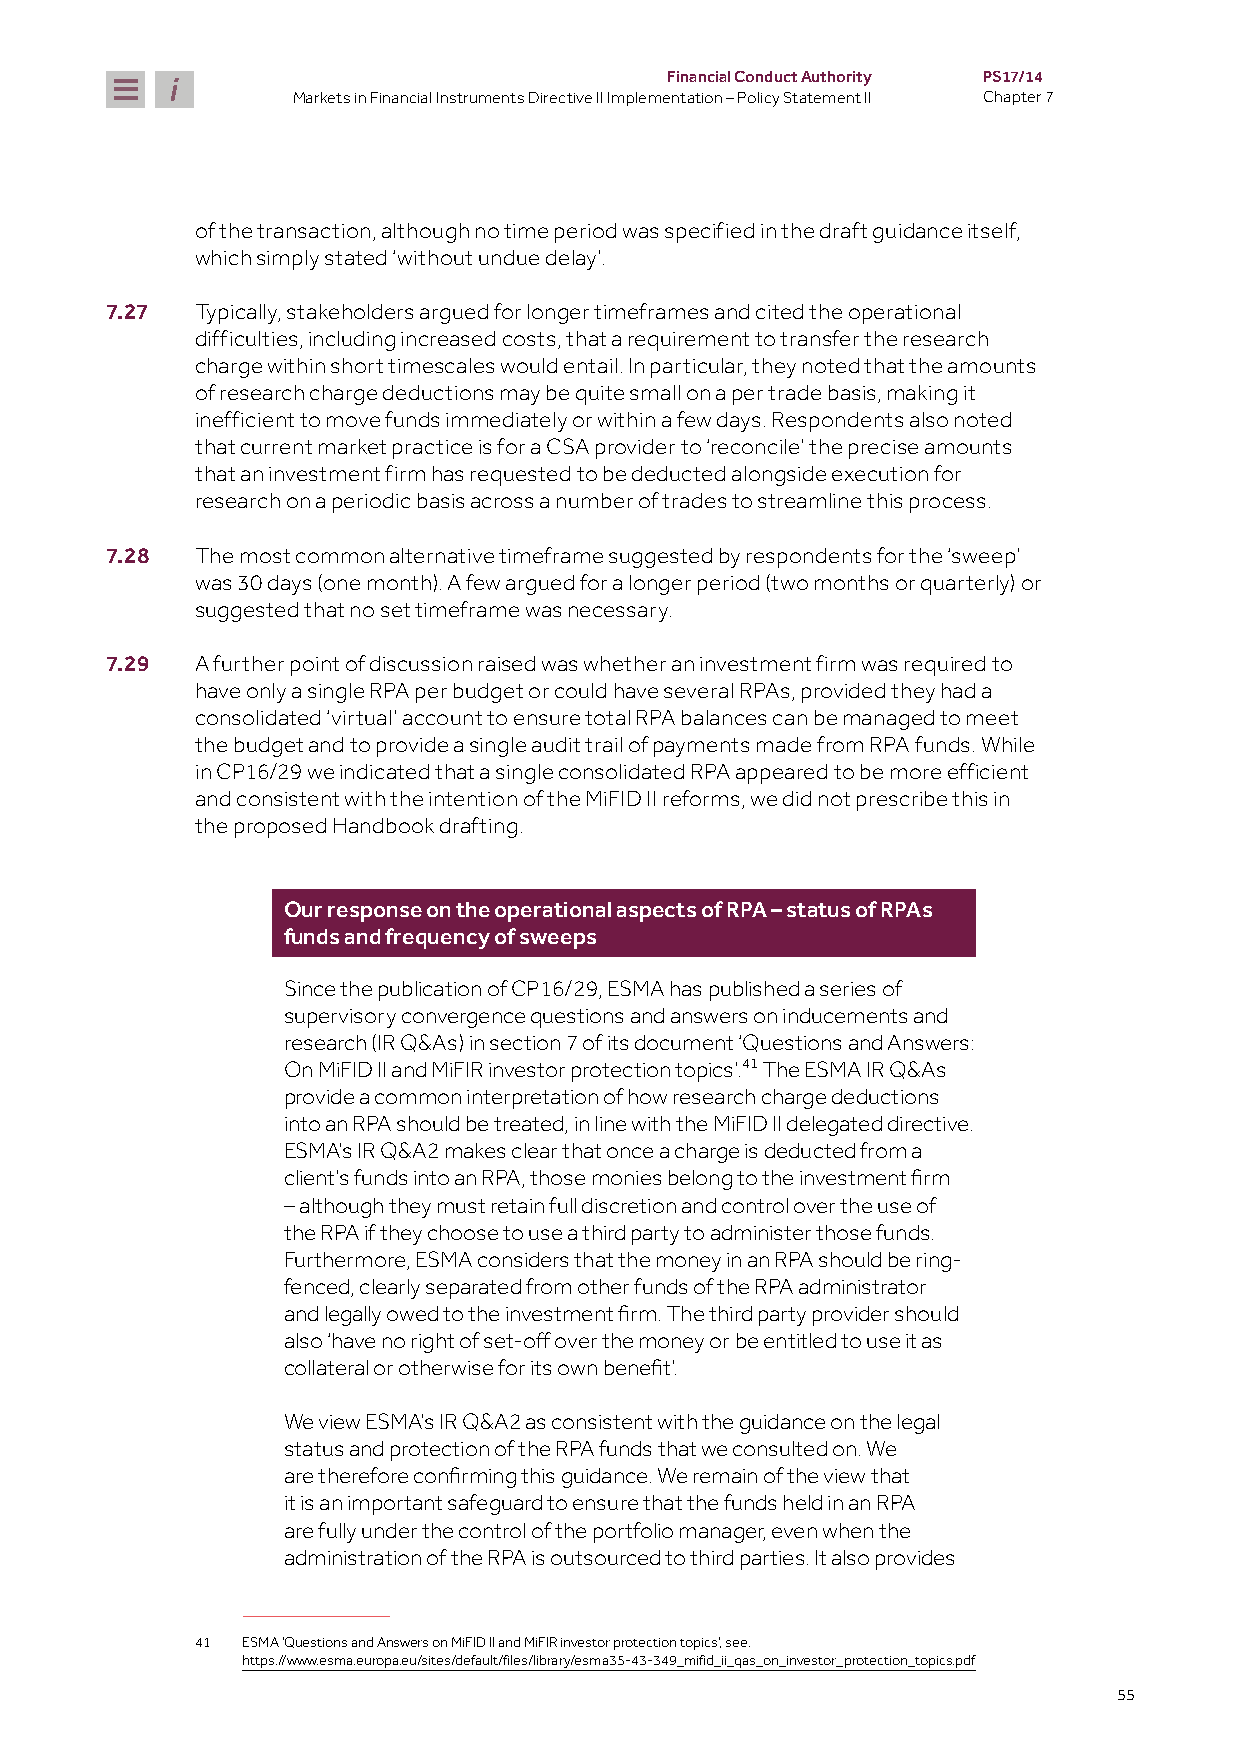
Financial Conduct Authority PS17/14
 Markets in Financial Instruments Directive II Implementation – Policy Statement II Chapter 7
 of the transaction, although no time period was specified in the draft guidance itself,
 which simply stated ‘without undue delay’.
 7.27  Typically, stakeholders argued for longer timeframes and cited the operational
 difficulties, including increased costs, that a requirement to transfer the research
 charge within short timescales would entail. In particular, they noted that the amounts
 of research charge deductions may be quite small on a per trade basis, making it
 inefficient to move funds immediately or within a few days. Respondents also noted
 that current market practice is for a CSA provider to ‘reconcile’ the precise amounts
 that an investment firm has requested to be deducted alongside execution for
 research on a periodic basis across a number of trades to streamline this process.
 7.28  The most common alternative timeframe suggested by respondents for the ‘sweep’
 was 30 days (one month). A few argued for a longer period (two months or quarterly) or
 suggested that no set timeframe was necessary.
 7.29  A further point of discussion raised was whether an investment firm was required to
 have only a single RPA per budget or could have several RPAs, provided they had a
 consolidated ‘virtual’ account to ensure total RPA balances can be managed to meet
 the budget and to provide a single audit trail of payments made from RPA funds. While
 in CP16/29 we indicated that a single consolidated RPA appeared to be more efficient
 and consistent with the intention of the MiFID II reforms, we did not prescribe this in
 the proposed Handbook drafting.
 Our response on the operational aspects of RPA – status of RPAs
 funds and frequency of sweeps
 Since the publication of CP16/29, ESMA has published a series of
 supervisory convergence questions and answers on inducements and
 research (IR Q&As) in section 7 of its document ‘Questions and Answers:
 On MiFID II and MiFIR investor protection topics’.41 The ESMA IR Q&As
 provide a common interpretation of how research charge deductions
 into an RPA should be treated, in line with the MiFID II delegated directive.
 ESMA’s IR Q&A2 makes clear that once a charge is deducted from a
 client’s funds into an RPA, those monies belong to the investment firm
 – although they must retain full discretion and control over the use of
 the RPA if they choose to use a third party to administer those funds.
 Furthermore, ESMA considers that the money in an RPA should be ring-
 fenced, clearly separated from other funds of the RPA administrator
 and legally owed to the investment firm. The third party provider should
 also ‘have no right of set-off over the money or be entitled to use it as
 collateral or otherwise for its own benefit’.
 We view ESMA’s IR Q&A2 as consistent with the guidance on the legal
 status and protection of the RPA funds that we consulted on. We
 are therefore confirming this guidance. We remain of the view that
 it is an important safeguard to ensure that the funds held in an RPA
 are fully under the control of the portfolio manager, even when the
 administration of the RPA is outsourced to third parties. It also provides
 41 ESMA ‘Questions and Answers on MiFID II and MiFIR investor protection topics’, see:
 https://www.esma.europa.eu/sites/default/files/library/esma35-43-349_mifid_ii_qas_on_investor_protection_topics.pdf
 55